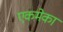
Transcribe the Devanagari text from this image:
एकमेका